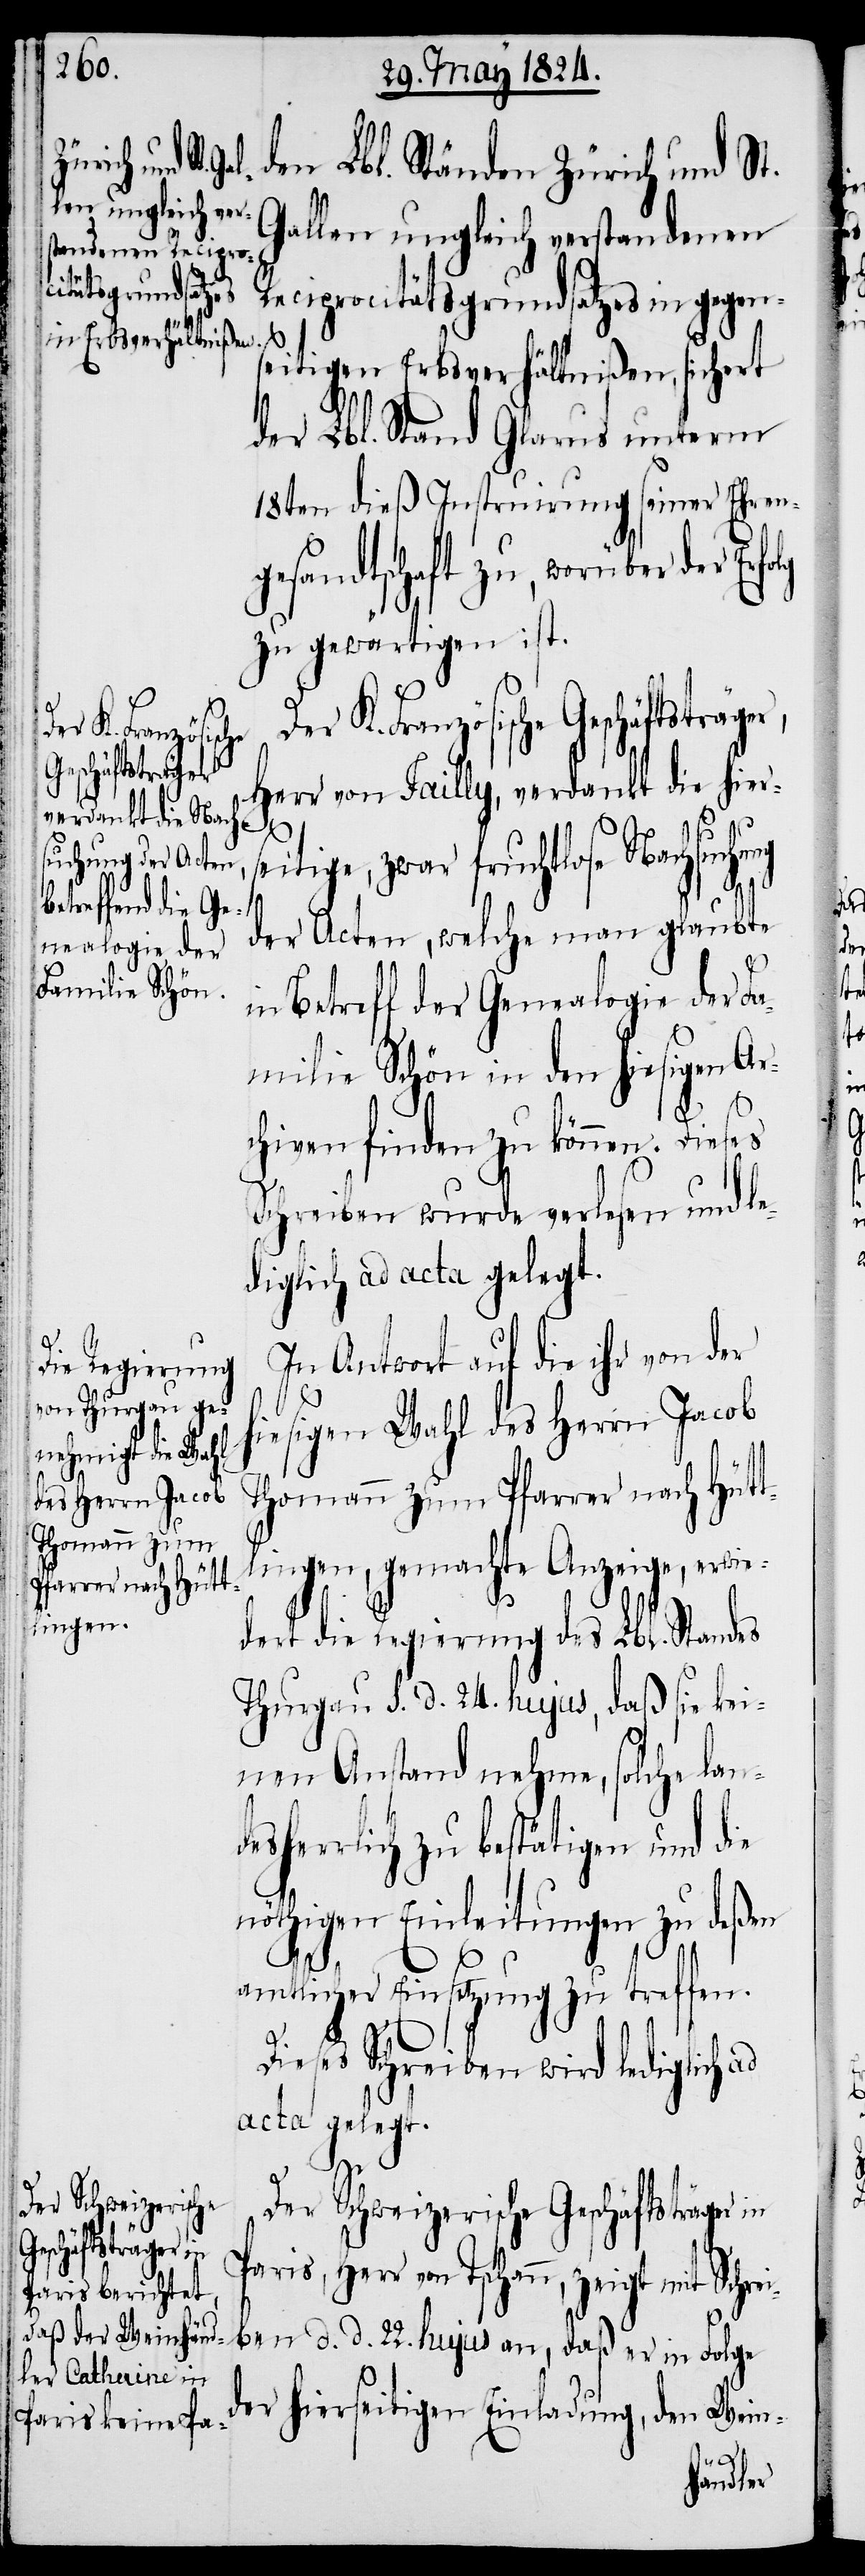
den Lbl. Ständen Zürich und St.
Gallen ungleich verstandenen
Reciprocitätsgrundsatzes in gegens¬
eitigen Erbsverhältnißen, sichert
der Lbl. Stand Glarus unterm
18ten dieß Instruirung seiner Ehren¬
gesandtschaft zu, worüber der Erfo¬
zu gewärtigen ist.
K. Französische
Geschäftsträger,
Herr von Failly, verdankt die hier¬
seitige, zwar fruchtlose Nachsuchung
der Acten, welche man glaubte
es
in Betreff der Genealogie der Fa¬
milie Schön in den hiesigen Ar¬
chiven finden zu können. Dies¬
Schreiben wurde verlesen und le¬
diglich ad acta gelegt.
In Antwort auf die ihr von der
hiesigen Wahl des Herrn Jacob
Thomann zum
lingen, gemachte Anzeige, erwie¬
Pfarrer nach Hütt¬
dert die Regierung des Lbl. Standes
Thurgau s. d. 24. hujus, daß sie kei¬
nen Anstand nehme, solche land¬
esherrlich zu bestätigen und die
nöthigen Einleitungen zu deßen
amtlicher Einsetzung zu treffen.
Dieses Schreiben wird lediglich ad
acta gelegt.
Der Schweizerische Geschäftsträger in
Paris, Herr von Tschann, zeigt mit Schre¬
iben d. d. 22. hujus an, daß er in Folge
der hierseitigen Einladung, den Wein-